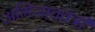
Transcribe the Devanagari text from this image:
अभिजाततंत्री